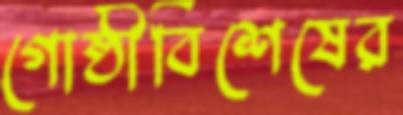
গোষ্ঠীবিশেষের